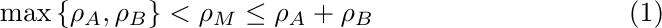
		\begin{equation}
			\max\left\{\rho_A,\rho_B\right\} < \rho_M \le \rho_A + \rho_B
			\label{range-rho}
		\end{equation}